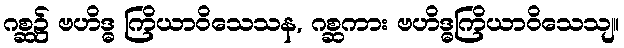
ဂစ္ဆ၌ ဗဟိဒ္ဓ ကြိယာဝိသေသန, ဂစ္ဆကား ဗဟိဒ္ဓကြိယာဝိသေသျ။